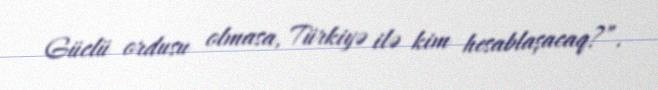
Güclü ordusu olmasa, Türkiyə ilə kim hesablaşacaq?”.